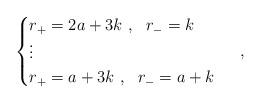
LaTeX: \begin{align*} \begin{cases} r_+ = 2a+3k \ , \ \ r_- = k\\ \vdots\\ r_+ = a+3k \ , \ \ r_- = a+k \end{cases} \ , \end{align*}